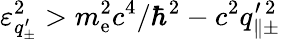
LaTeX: \varepsilon_{q_{\pm}^{\prime}}^{2}>m_{\mathrm{e}}^{2}c^{4}/\hbar^{2}-c^{2}q_{\parallel\pm}^{\prime\, 2}